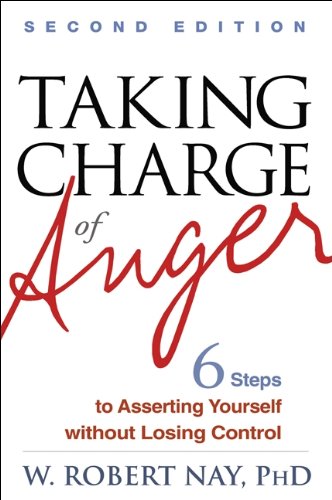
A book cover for Taking Charge of Anger, Second Edition: Six Steps to Asserting Yourself without Losing Control; W. Robert Nay Phd; Self-Help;